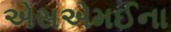
એસએમઈના